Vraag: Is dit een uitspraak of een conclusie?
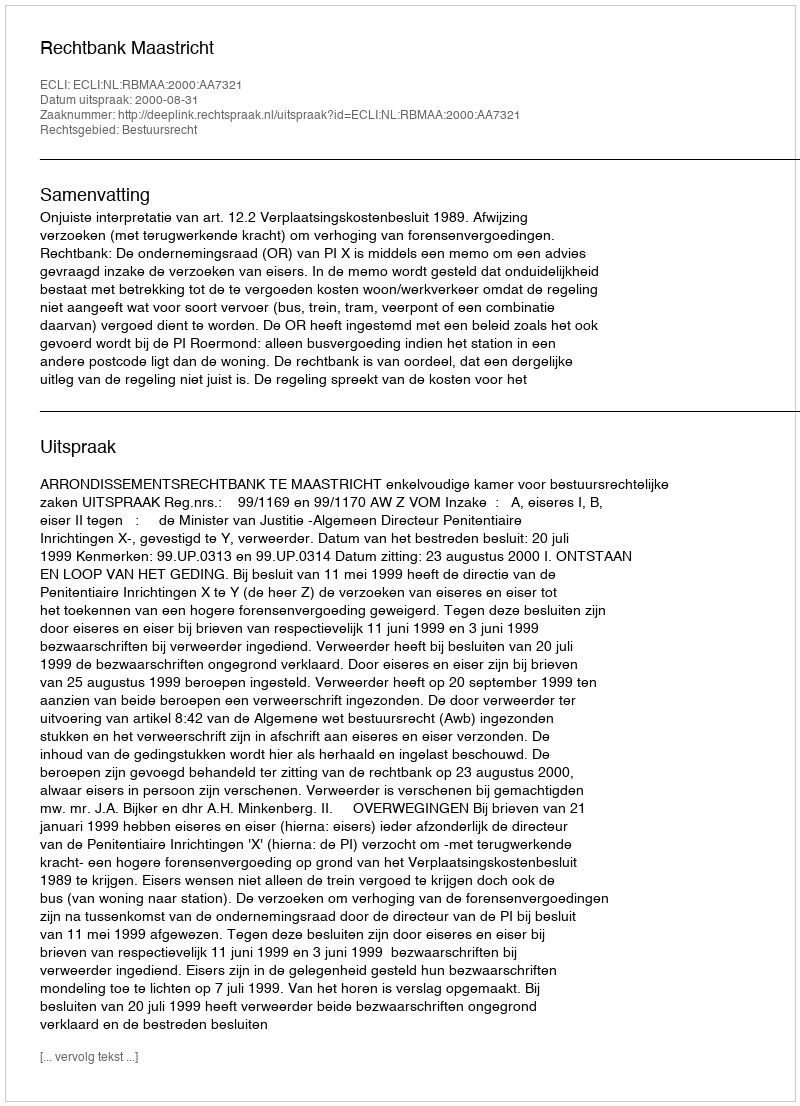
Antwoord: Uitspraak